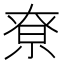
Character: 尞